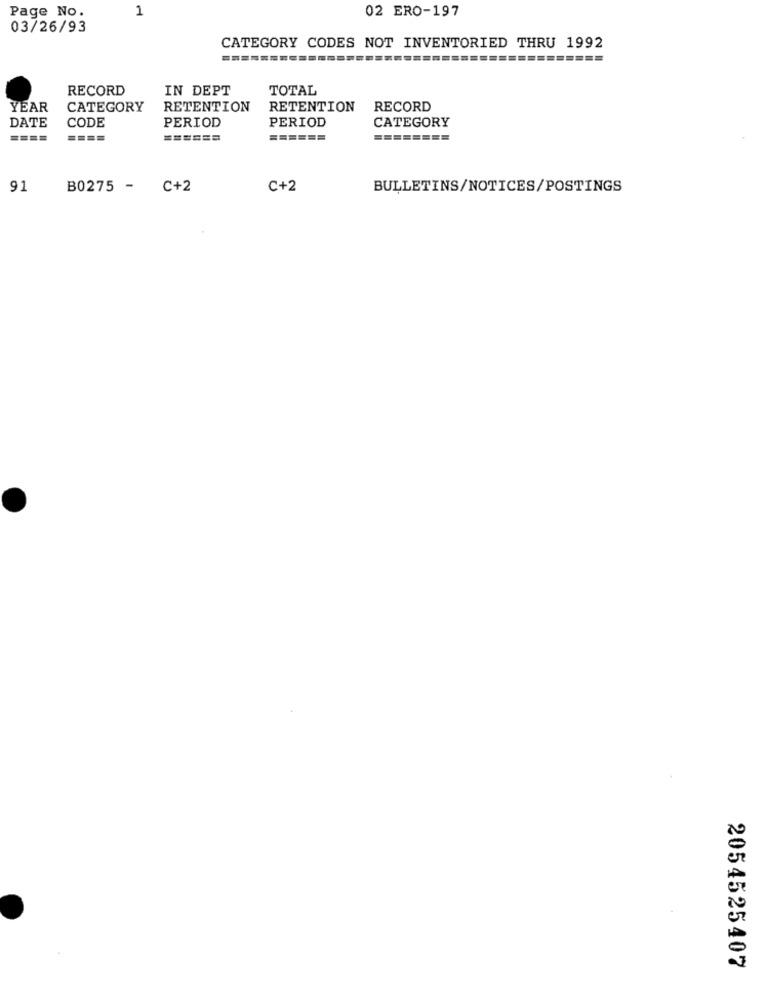
Page No.
1
02 ERO-197
03/26/93
CATEGORY CODES NOT INVENTORIED THRU 1992
RECORD
IN DEPT
TOTAL
YEAR
CATEGORY
RETENTION
RETENTION
RECORD
DATE
CODE
PERIOD
PERIOD
CATEGORY
====
======
======
========
91
B0275 - C+2
C+2
BULLETINS/NOTICES/POSTINGS
2054525407